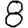
Digit: 8